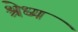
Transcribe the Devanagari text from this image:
श्रेध्य